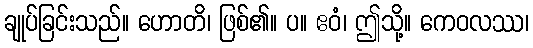
ချုပ်ခြင်းသည်။ ဟောတိ၊ ဖြစ်၏။ ပ။ ဧဝံ၊ ဤသို့။ ကေဝလဿ၊